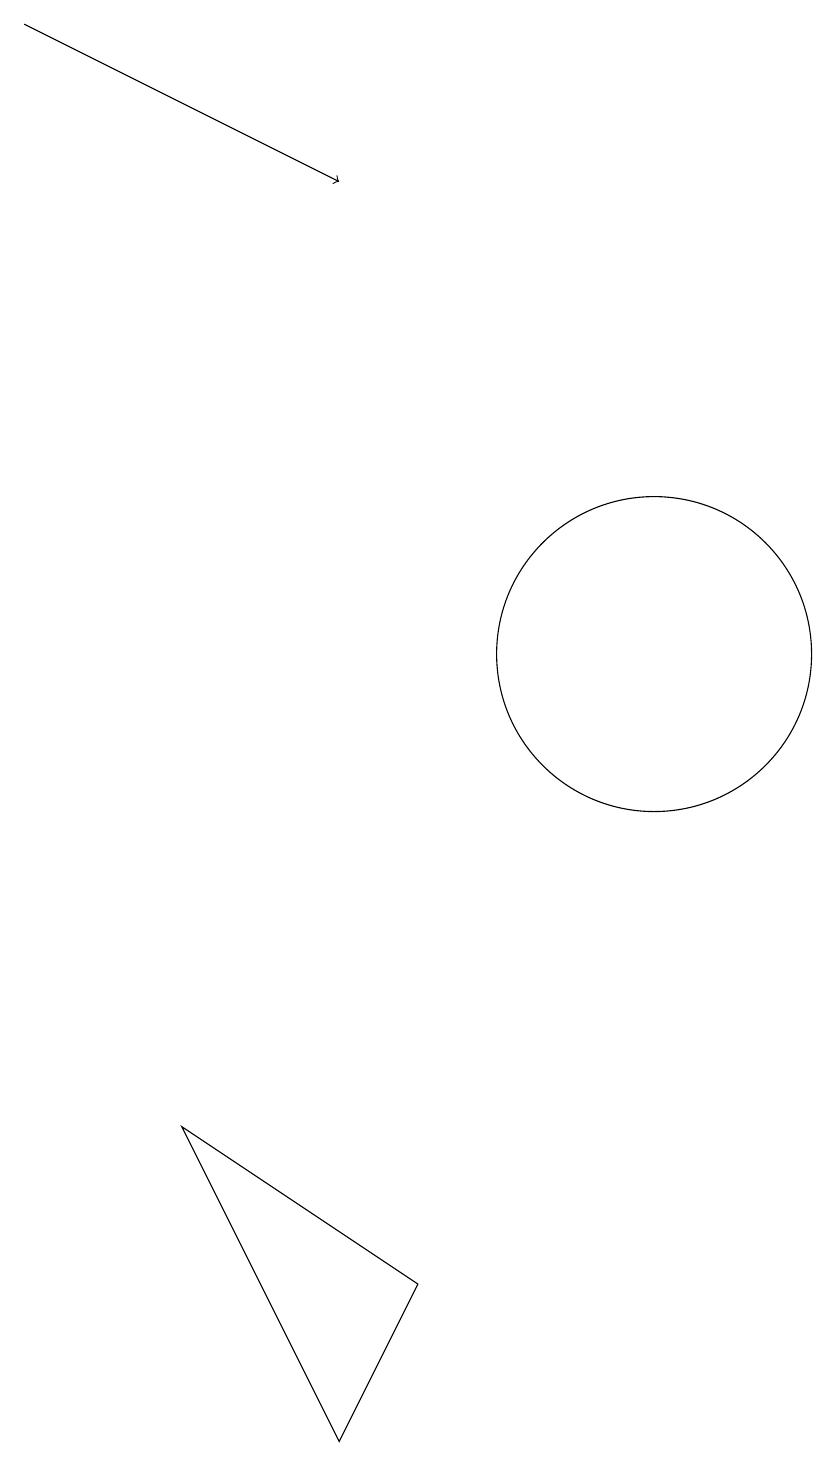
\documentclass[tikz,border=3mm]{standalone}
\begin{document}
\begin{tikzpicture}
\draw (6,1) -- (4,5) -- (7,3) -- cycle;
\draw[->] (2,19) -- (6,17);
\draw (10,11) circle (2);
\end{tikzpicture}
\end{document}